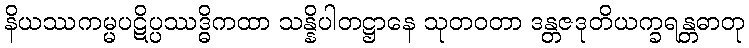
နိယဿကမ္မပဋိပ္ပဿဒ္ဓိကထာ သန္နိပါတဋ္ဌာနေ သုတဝတာ ဒန္တဇဒုတိယက္ခရန္တဓာတု